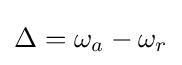
\Delta =\omega _{a}-\omega _{r}